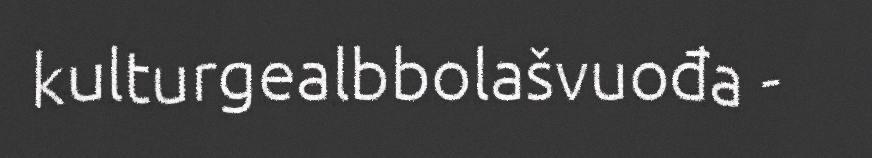
kulturgealbbolašvuođa -